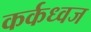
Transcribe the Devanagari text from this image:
कर्कध्वज